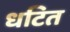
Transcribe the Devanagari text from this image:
धटित